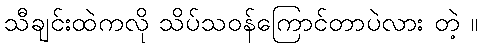
သီချင်းထဲကလို သိပ်သဝန်ကြောင်တာပဲလား တဲ့ ။